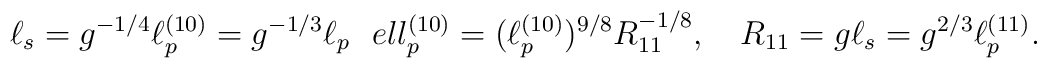
\ell_s = g^{-1/4} \ell_p^{(10)} = g^{-1/3} \ell_p \ \ \ \\ell_p^{(10)} = (\ell_p^{(10)})^{9/8} R_{11}^{-1/8}, \ \ \ R_{11} = g \ell_s =g^{2/3} \ell_p^{(11)}.